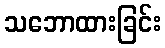
သဘောထားခြင်း